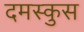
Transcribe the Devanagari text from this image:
दमस्कुस